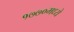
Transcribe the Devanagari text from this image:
१७७०मध्ये